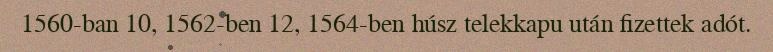
1560-ban 10, 1562-ben 12, 1564-ben húsz telekkapu után fizettek adót.